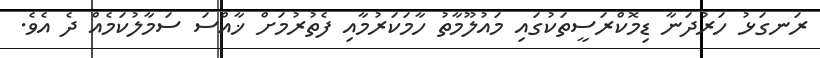
ރަނގަޅު ހަރުދަނާ ޑިމޮކްރަސީތަކުގައި މައުލޫމާތު ހާމަކަރުމާއި ފެތުރުމަށް ޚާއްސަ ސަމާލުކަމެއް ދެ އެވެ.